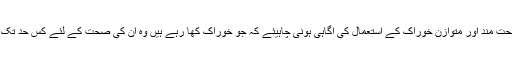
لوگوں میں صحت مند اور متوازن خوراک کے استعمال کی آگاہی ہونی چاہیئے کہ جو خوراک کھا رہے ہیں وہ ان کی صحت کے لئے کس حد تک فائدہ مند ہے ۔